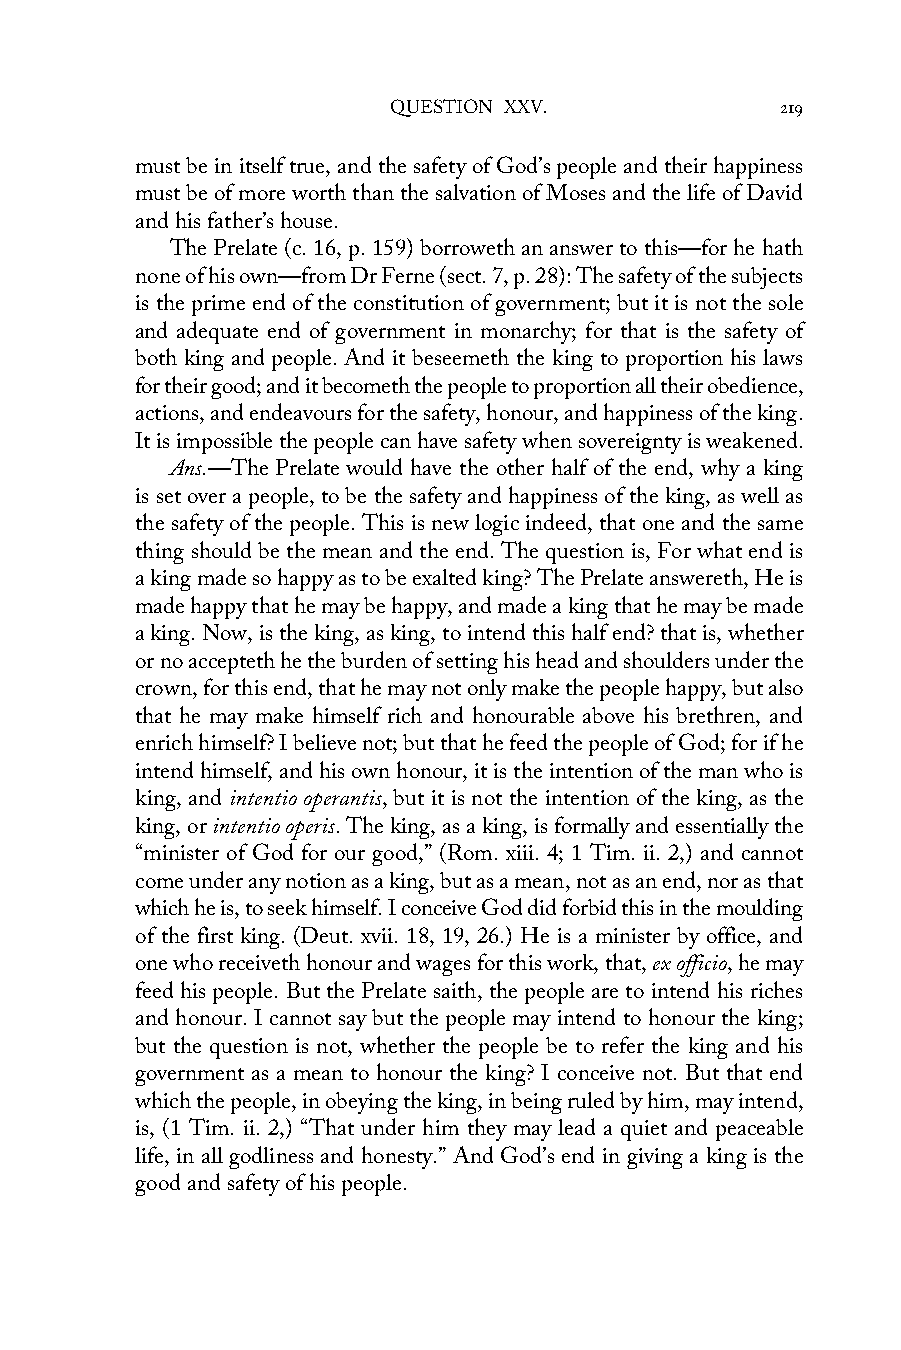
QUESTION XXV.             219
 must be in itself true, and the safety of God’s people and their happiness
 must be of more worth than the salvation of Moses and the life of David
 and his father’s house.
 The Prelate (c. 16, p. 159) borroweth an answer to this—for he hath
 none of his own—from Dr Ferne (sect. 7, p. 28): The safety of the subjects
 is the prime end of the constitution of government; but it is not the sole
 and adequate end of government in monarchy; for that is the safety of
 both king and people. And it beseemeth the king to proportion his laws
 for their good; and it becometh the people to proportion all their obedience,
 actions, and endeavours for the safety, honour, and happiness of the king.
 It is impossible the people can have safety when sovereignty is weakened.
 Ans.—The Prelate would have the other half of the end, why a king
 is set over a people, to be the safety and happiness of the king, as well as
 the safety of the people. This is new logic indeed, that one and the same
 thing should be the mean and the end. The question is, For what end is
 a king made so happy as to be exalted king? The Prelate answereth, He is
 made happy that he may be happy, and made a king that he may be made
 a king. Now, is the king, as king, to intend this half end? that is, whether
 or no accepteth he the burden of setting his head and shoulders under the
 crown, for this end, that he may not only make the people happy, but also
 that he may make himself rich and honourable above his brethren, and
 enrich himself? I believe not; but that he feed the people of God; for if he
 intend himself, and his own honour, it is the intention of the man who is
 king, and intentio operantis, but it is not the intention of the king, as the
 king, or intentio operis. The king, as a king, is formally and essentially the
 “minister of God for our good,” (Rom. xiii. 4; 1 Tim. ii. 2,) and cannot
 come under any notion as a king, but as a mean, not as an end, nor as that
 which he is, to seek himself. I conceive God did forbid this in the moulding
 of the first king. (Deut. xvii. 18, 19, 26.) He is a minister by office, and
 one who receiveth honour and wages for this work, that, ex officio, he may
 feed his people. But the Prelate saith, the people are to intend his riches
 and honour. I cannot say but the people may intend to honour the king;
 but the question is not, whether the people be to refer the king and his
 government as a mean to honour the king? I conceive not. But that end
 which the people, in obeying the king, in being ruled by him, may intend,
 is, (1 Tim. ii. 2,) “That under him they may lead a quiet and peaceable
 life, in all godliness and honesty.” And God’s end in giving a king is the
 good and safety of his people.